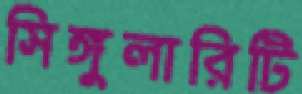
সিঙ্গুলারিটি